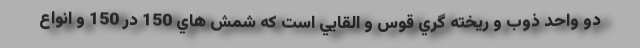
دو واحد ذوب و ريخته گري قوس و القایي است كه شمش هاي 150 در 150 و انواع